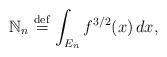
LaTeX: \begin{align*}{\Bbb N}_{n}\stackrel{\rm def}{=}\int_{E_{n}}f^{3/2}(x)\,dx, \end{align*}